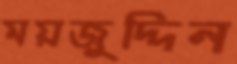
ময়জুদ্দিন